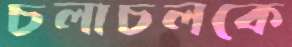
চলাচলকে